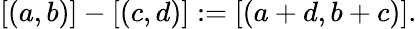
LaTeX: [(a,b)]-[(c,d)]:=[(a+d,b+c)].